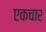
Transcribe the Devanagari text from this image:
एकचार